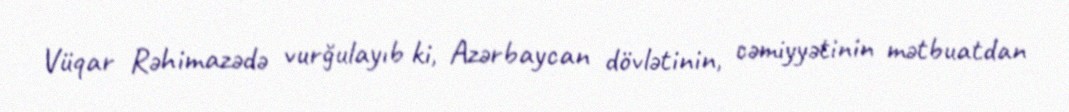
Vüqar Rəhimazədə vurğulayıb ki, Azərbaycan dövlətinin, cəmiyyətinin mətbuatdan